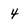
Character: 4